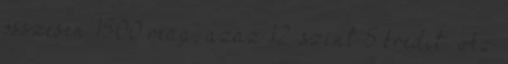
összesen 1500 reag, azaz 12. szint 5 kredit. Az